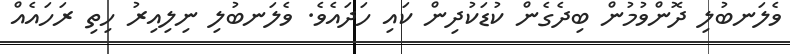
ވެލަނބުލި ދޮންވުމުން ބިދެގެން ކުޑަކުދިން ކައި ހަދައެވެ. ވެލަނބުލި ނިލިއިރު ހިތި ރަހައެއް